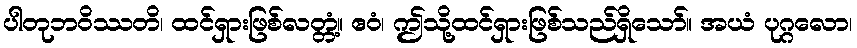
ပါတုဘဝိဿတိ၊ ထင်ရှားဖြစ်လတ္တံ့။ ဧဝံ၊ ဤသို့ထင်ရှားဖြစ်သည်ရှိသော်။ အယံ ပုဂ္ဂလော၊